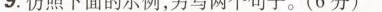
_.